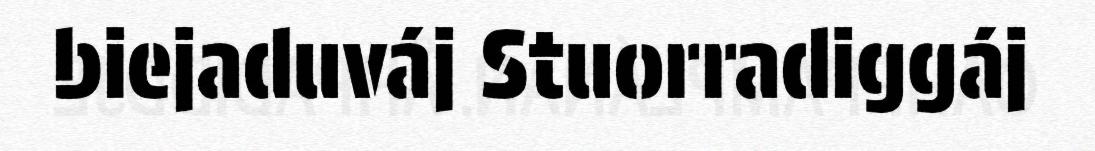
biejaduváj Stuorradiggáj